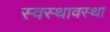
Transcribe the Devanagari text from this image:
स्वस्थावस्था